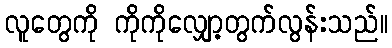
လူတွေကို ကိုကိုလျှော့တွက်လွန်းသည်။